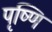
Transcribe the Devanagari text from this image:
पृष्णि